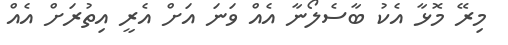
މިރޭ މޮޅާ އެކު ބާސެލޯނާ އެއް ވަނަ އަށް އެރީ އިތުރަށް އެއް